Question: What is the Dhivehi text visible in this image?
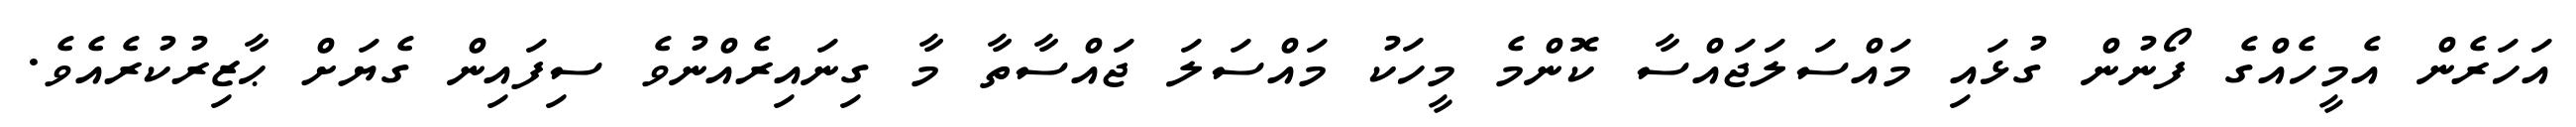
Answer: އަހަރެން އެމީހެއްގެ ފޯނުން ގުޅައި މައްސަލަޖައްސާ ކޮންމެ މީހަކު މައްސަލަ ޖައްސާތާ މާ ގިނައިރެއްނުވެ ސިފައިން ގެޔަށް ޙާޒިރުކުރެއެވެ.